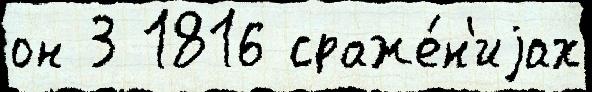
он 3 1816 сраже́н'иjах